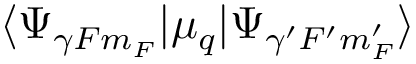
\langle \Psi _ { \gamma F m _ { F } } | \mu _ { q } | \Psi _ { \gamma ^ { \prime } F ^ { \prime } m _ { F } ^ { \prime } } \rangle